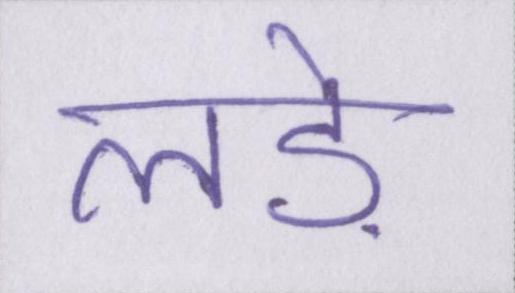
लड़े